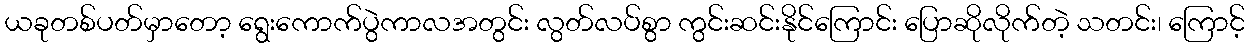
ယခုတစ်ပတ်မှာတော့ ရွေးကောက်ပွဲကာလအတွင်း လွတ်လပ်စွာ ကွင်းဆင်းနိုင်ကြောင်း ပြောဆိုလိုက်တဲ့ သတင်း၊ ကြောင့်